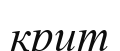
крит